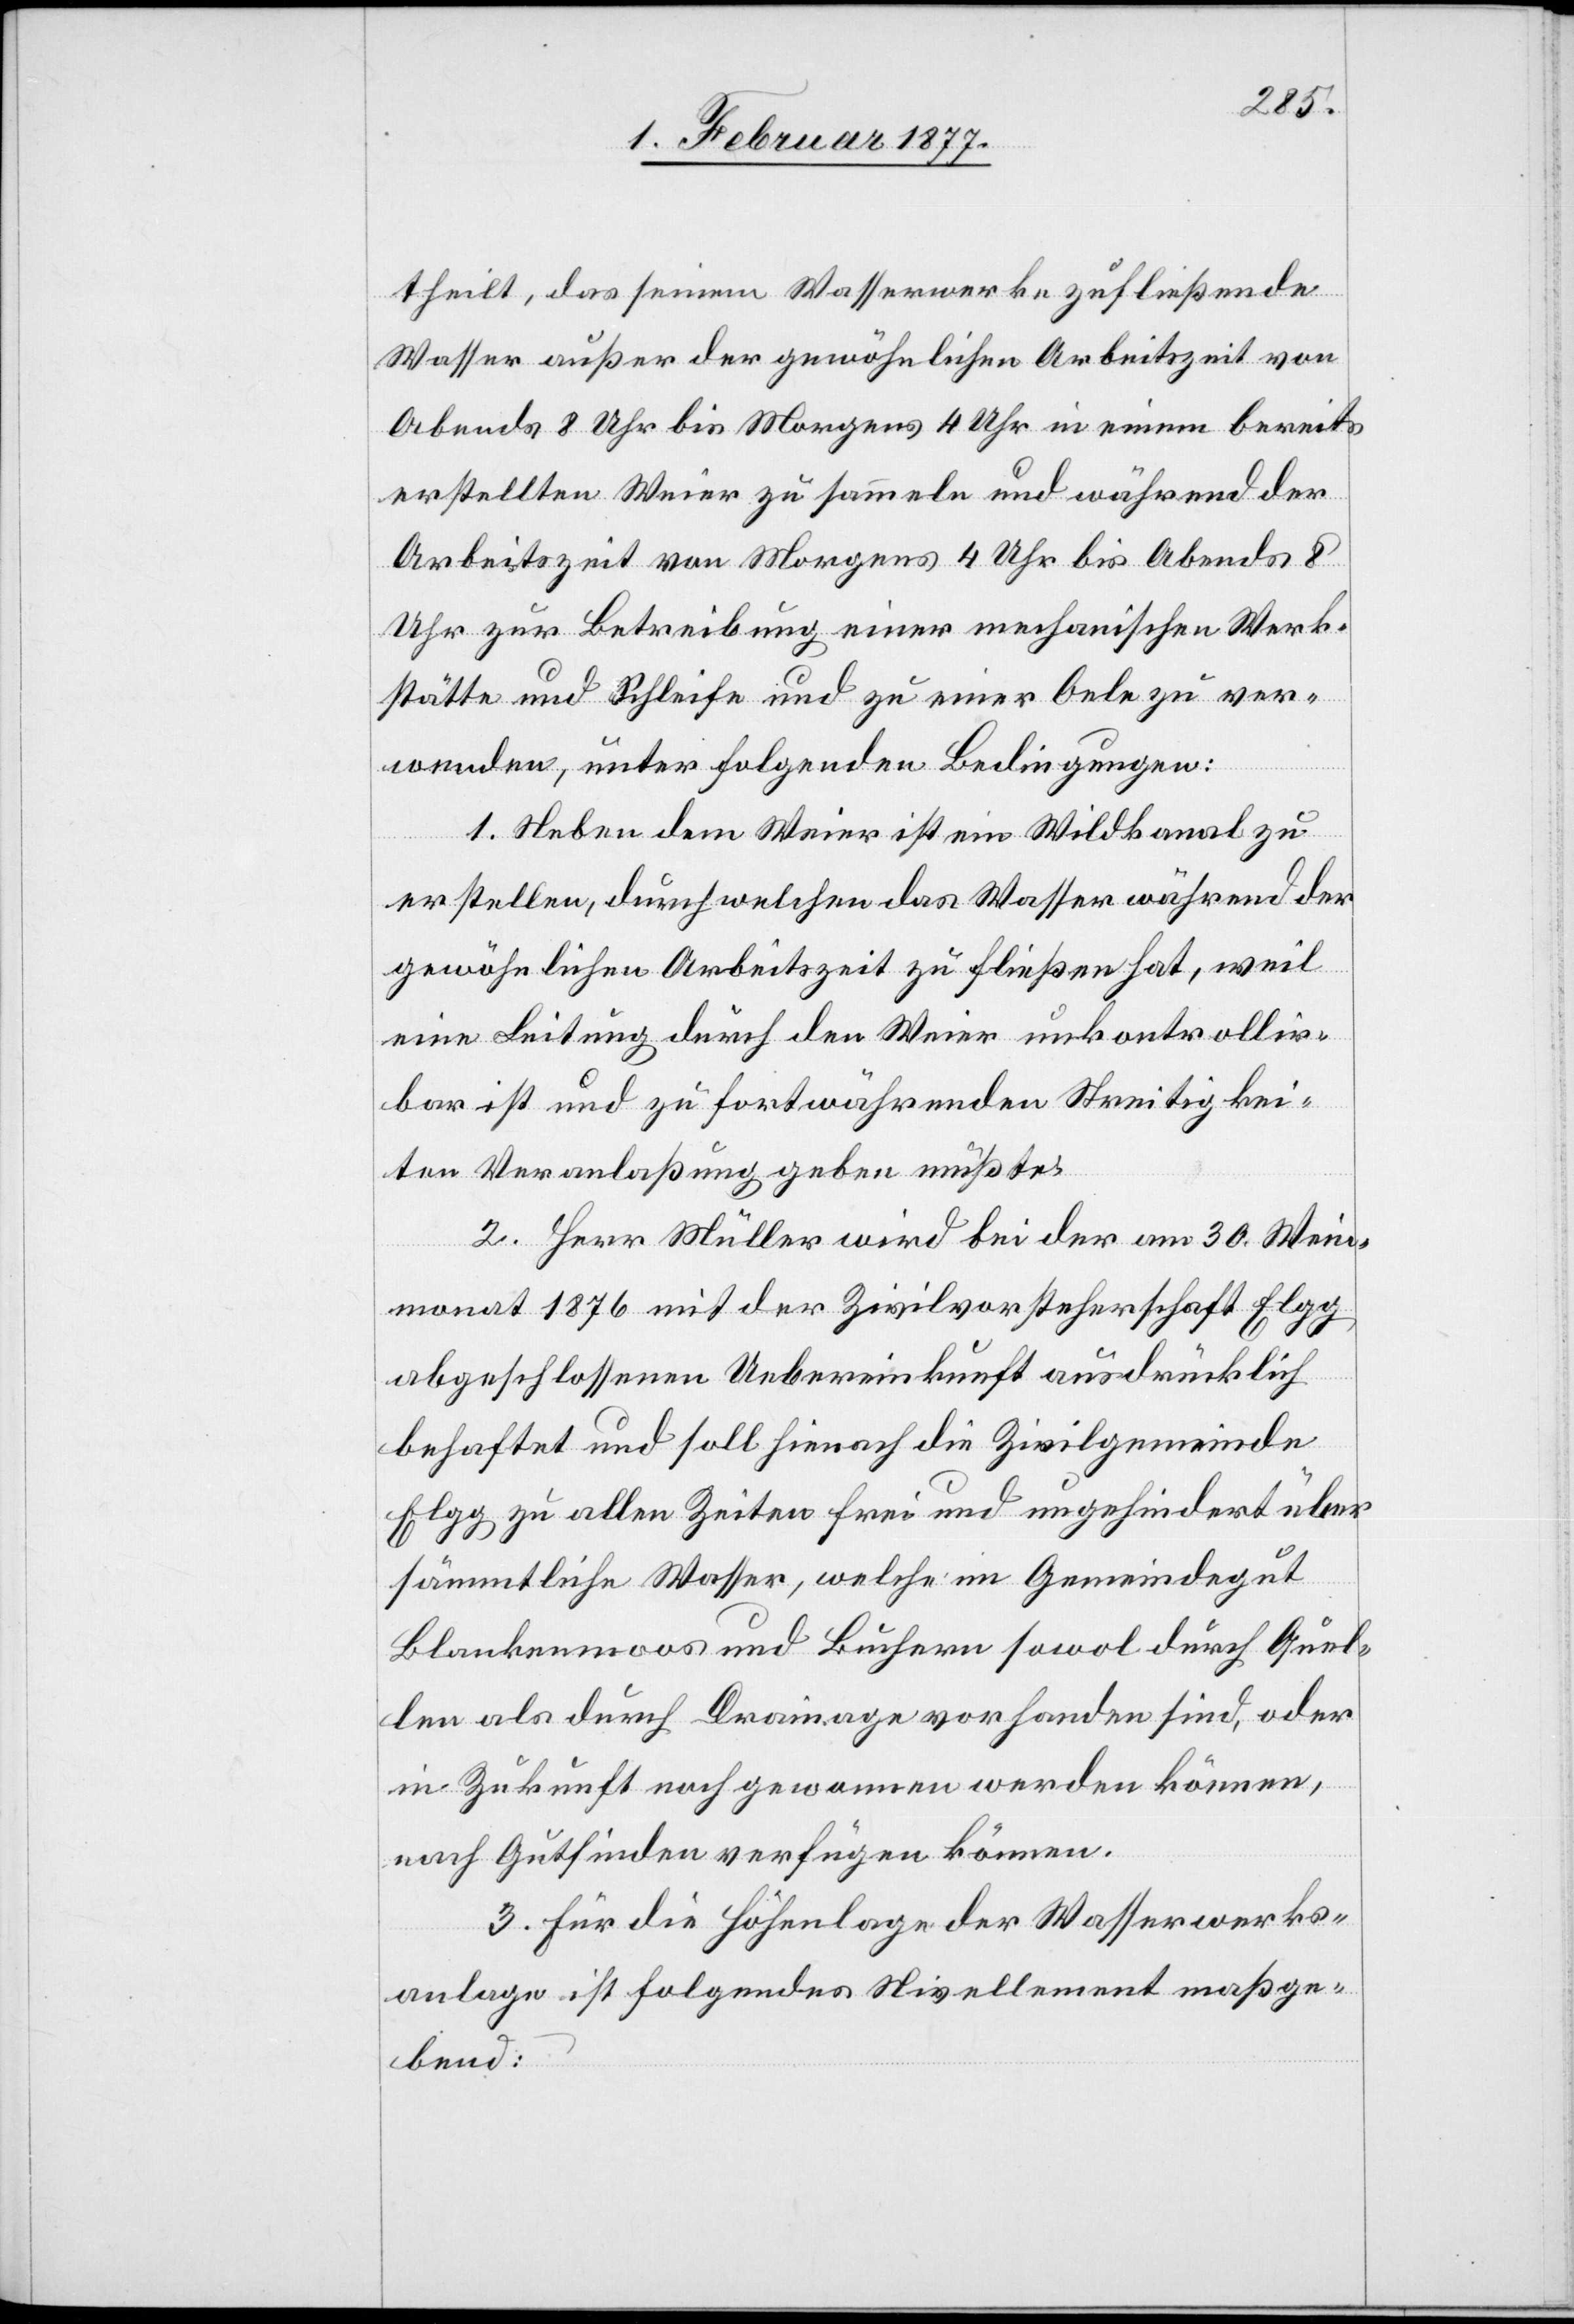
theilt, das seinem Wasserwerk zufließende
Wasser außer der gewöhnlichen Arbeitszeit von
Abends 8 Uhr bis Morgens 4 Uhr in einem bereits
erstellten Weier zu sammeln und während der
Arbeitszeit von Morgens 4 Uhr bis Abends 8
Uhr zur Betreibung einer mechanischen Werk¬
stätte und Schleife und zu einer Oele zu ver¬
wenden, unter folgenden Bedingungen:
1. Neben dem Weier ist ein Wildkanal zu
erstellen, durch welchen das Wasser während der
gewöhnlichen Arbeitszeit zu fließen hat, weil
eine Leitung durch den Weier unkontrollir¬
bar ist und zu fortwährenden Streitigkei¬
ten Veranlaßung geben müßte.
2. Herr Müller wird bei der am 30. Wein¬
monat 1876 mit der Zivilvorsteherschaft Elgg
abgeschlossenen Uebereinkunft ausdrücklich
behaftet und soll hienach die Zivilgemeinde
Elgg zu allen Zeiten frei und ungehindert über
sämmtliche Wasser, welche im Gemeindegut
Blankenmoos und Buchern sowol durch Quel¬
len als durch Drainage vorhanden sind, oder
in Zukunft noch gewonnen werden können,
nach Gutfinden verfügen können.
3. Für die Höhenlage der Wasserwerks¬
anlage ist folgendes Nivellement maßge¬
bend: